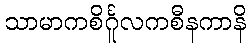
သာမာကစိင်္ဂူလကစီနကာနိ